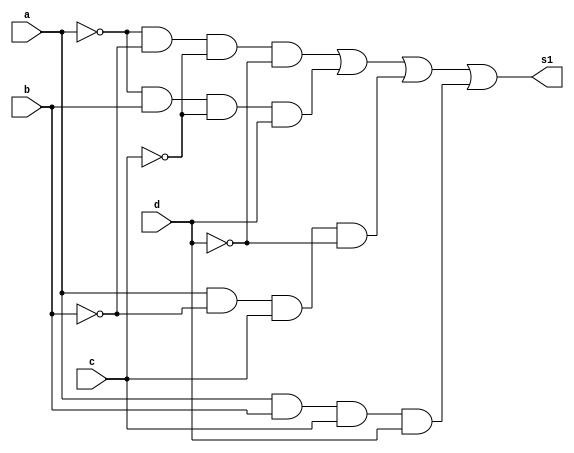
//------------------------------------------------------
//--- Avaliao 01 - Nome: Jorge Luis dos Santos Leal
//--- Matricula; 417466
//------------------------------------------------------
/*
	  0000 0001 0010 0011 0100 0101 0110 0111 1000 1001 1010 1011 1100 1101 1110 1111
S0 =   0	  1    1    1     0	  0    1    1    0    0    0    1    0    0    0    0	
S1 =	 1	  0    0    0     0	  1    0    0    0    0    1    0    0    0    0    1	
s2 =	 0	  0    0    0     1	  0    0    0    1    1    0    1    1    1    1    0		

  ---e) Montar a equao simplificada do sinal S1 pelo mapa de Veitch-Karnaugh:
  ---- (~a~b~c~d) + (~ab~cd) + (a~bc~d) + (abcd)

*/
 module saidaS1Mapa(s1,a,b,c,d);
	input a,b,c,d;
	output s1;

   assign s1 = (~a&~b&~c&~d)|(~a&b&~c&d)|(a&~b&c&~d)|(a&b&c&d);
 
   endmodule//saida s1

  module Teste;

	reg a,b,c,d;
	wire s1;

	saidaS1Mapa saida (s1,a,b,c,d);

	initial begin
	a=0; b=0; c=0; d=0;
	end

	initial begin

	#1 $display(" Jorge Luis dos Santos Leal ");
	#1 $display("letra e)");
	#1 $display(" a | b | c | d | s1 ");
	$monitor(" %b | %b | %b | %b |  %b ", a,b,c,d,s1);
		   
    #1  a=0; b=0; c=0; d=1;
    #1  a=0; b=0; c=1; d=0; 
    #1  a=0; b=0; c=1; d=1; 
    #1  a=0; b=1; c=0; d=0; 
    #1  a=0; b=1; c=0; d=1; 
    #1  a=0; b=1; c=1; d=0; 
    #1  a=0; b=1; c=1; d=1; 
    #1  a=1; b=0; c=0; d=0; 
    #1  a=1; b=0; c=0; d=1;
    #1  a=1; b=0; c=1; d=0;
    #1  a=1; b=0; c=1; d=1;
    #1  a=1; b=1; c=0; d=0;
    #1  a=1; b=1; c=0; d=1;
    #1  a=1; b=1; c=1; d=0;
    #1  a=1; b=1; c=1; d=1; 

	end	
   endmodule//teste